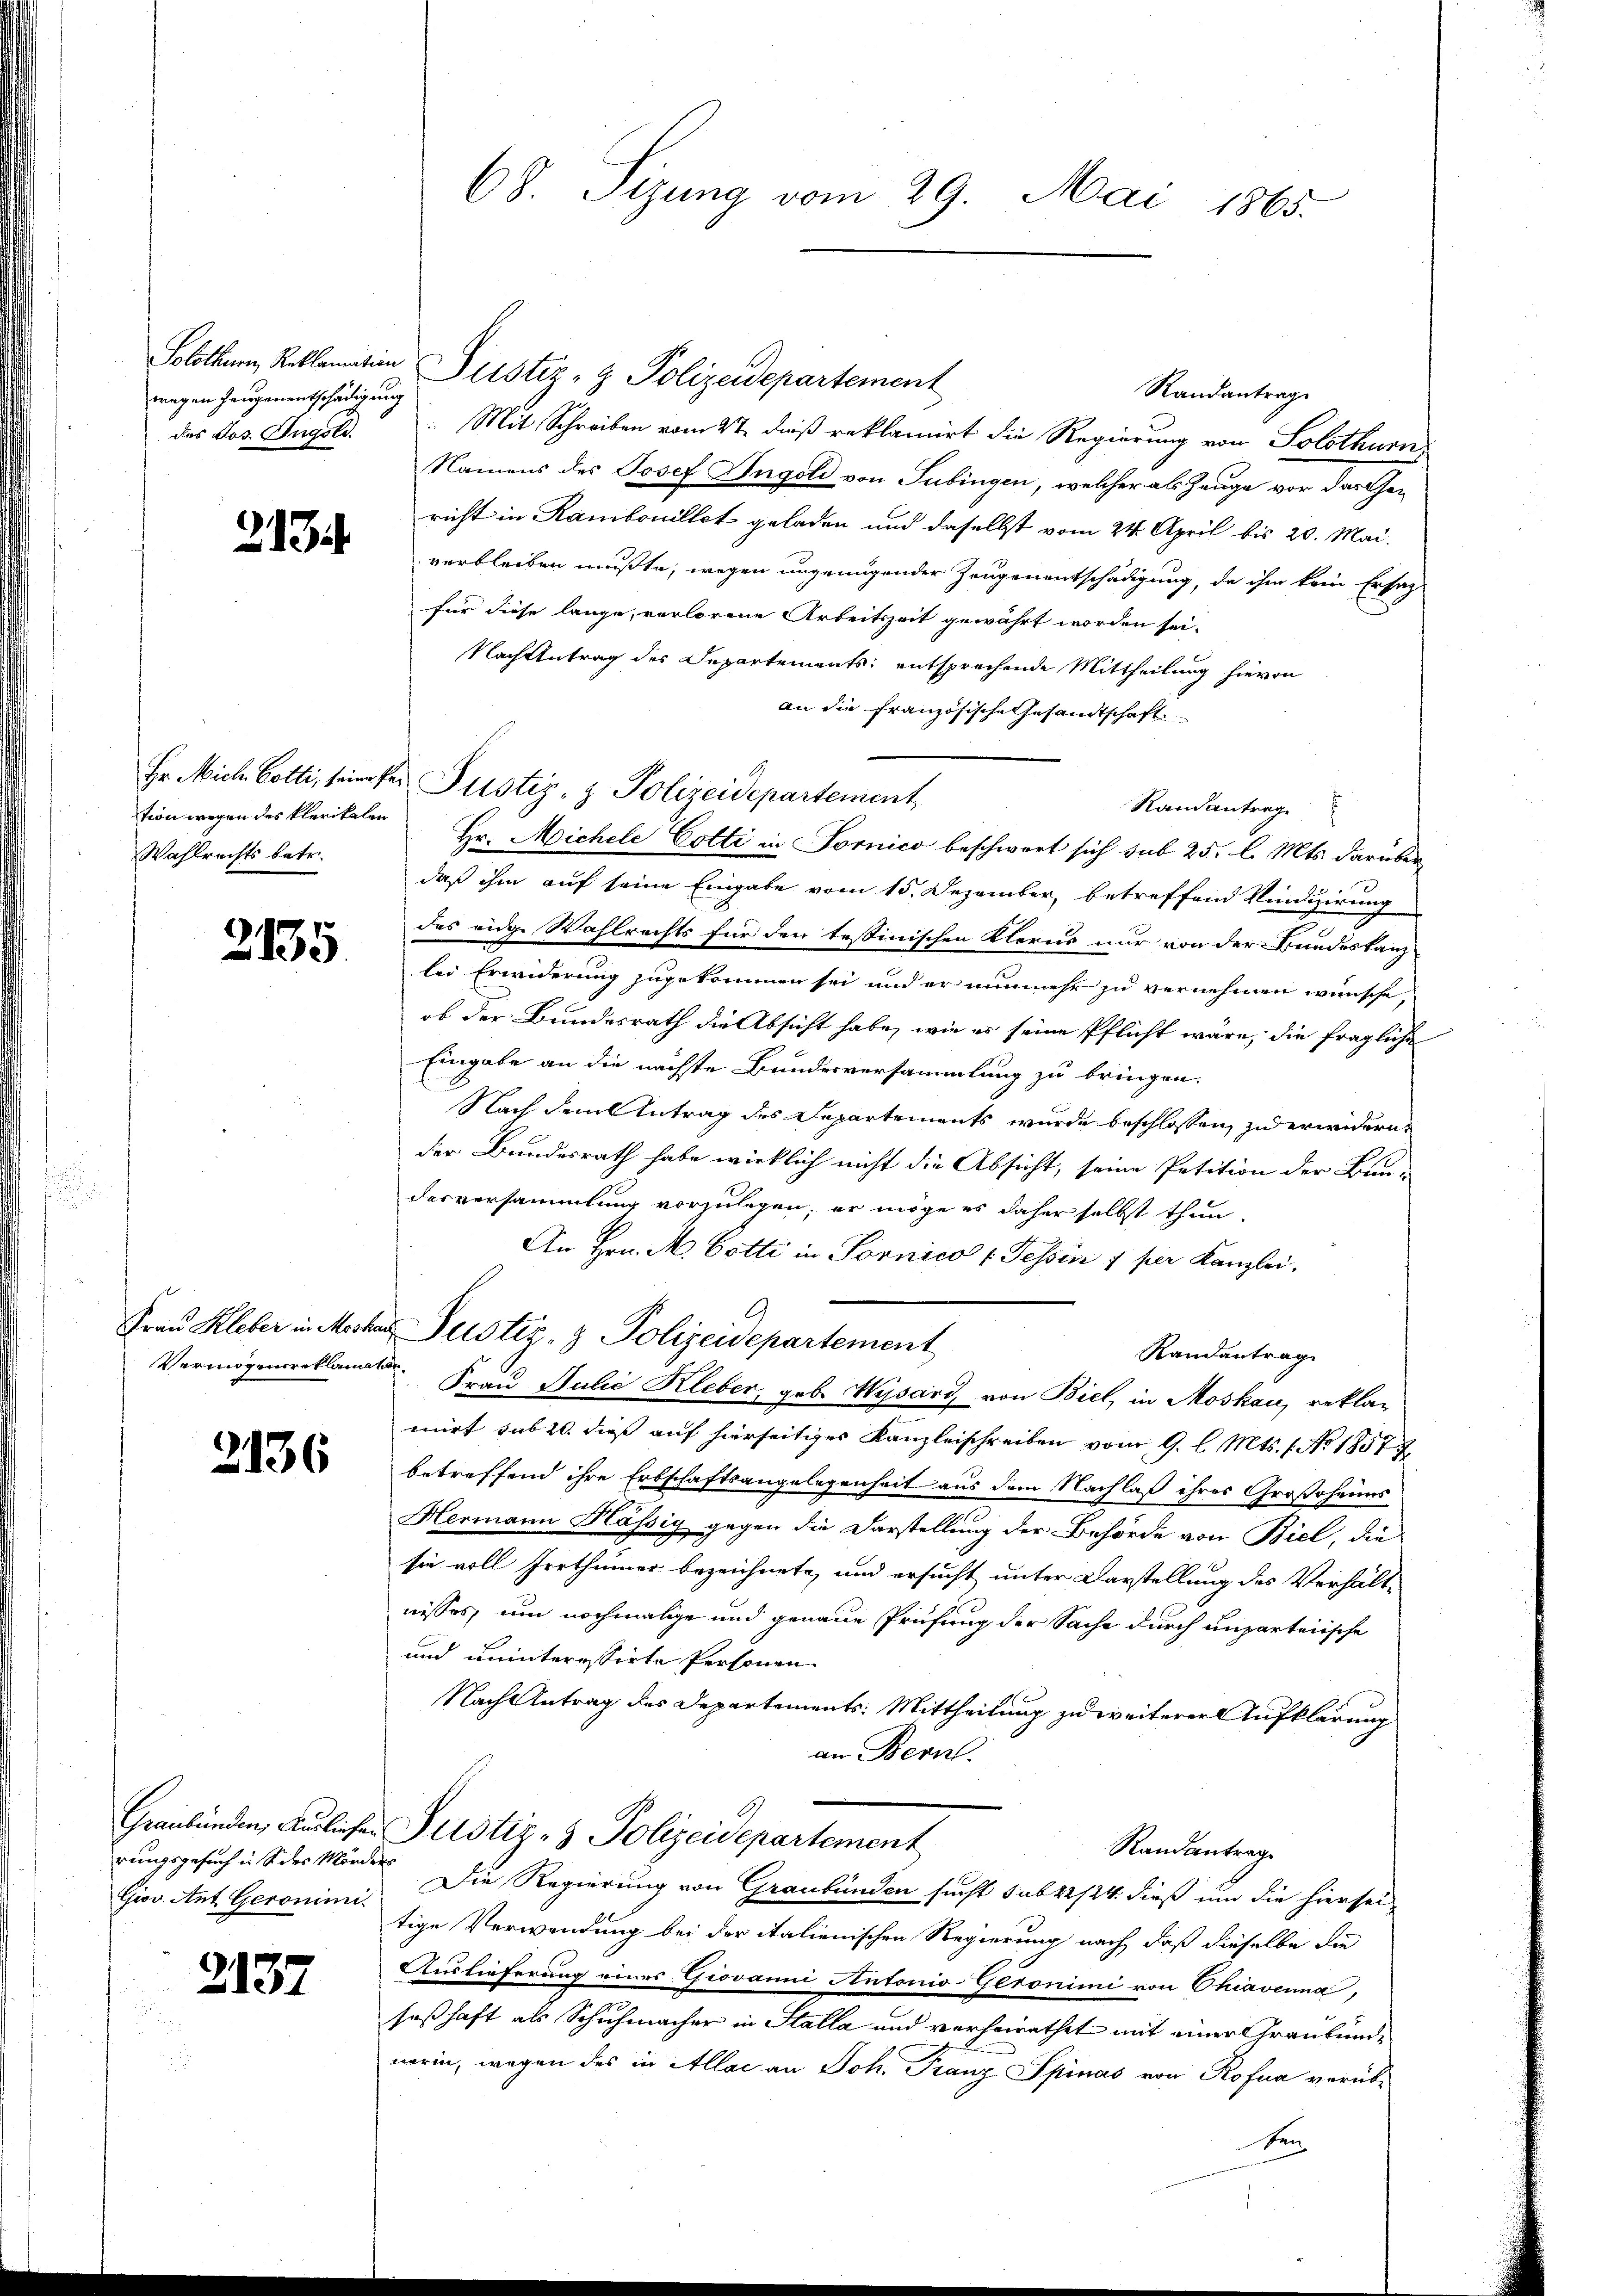
wagen Zeugenentschädigung
des Jos. Ingold.

2134

tion wegen des Klerikalen
Wahlrechts betr.

2135

2136

rungsgesuch in S. des Mörders

2137

Solothur, Reklamation Justiz- & Polizeidepartement
Randantrage
Mit Schreiben vom 27. dieß reklamirt die Regierung von Solothurn
Namens des Josef Ingold von Tübingen, welcher als Zeuge vor das Gericht in Rambonillet geladen und daselbst vom 24. April bis 20. Mai.
verbleiben mußte, wegen ungenügender Zeugenentschädigung, da ihm kein Ersatz
für diese lange, verlorene Arbeitszeit gewährt worden sei.
Nach Antrag des Departements entsprechende Mittheilung hievon
an die französische Gesandtschaft
Hr. Mich. Gotti, sein sei Pustiz- & Polizeidepartement
Randantrag
Hr. Michele Cotti in Fornico beschwert sich sub 25. l. Mts. darüberdaß ihm auf seine Eingabe vom 15. Dezember, betreffend Vindizierung
des eidge Wahlrechts für den testinischen Klerus nur von der Bundeskanzlei Erwiderung zugekommen sei und er nunmehr zu vernehmen wünsche,
 ob der Bundesrath die Absicht habe, wie es seine Pflicht wäre, die fragliche
Eingabe an die nächste Bundesversammlung zu bringen.
Nach dem Antrag des Departements wurde beschlossen, zu erwidern,
der Bundesrath habe wirklich nicht die Absicht, seine Petition der Bun-
desversammlung vorzulegen, er möge es daher selbst thun.
An Hrn. M. Cotti in Tornico - Tessin 1 per Kanzlei.
A
Frau Kleber in Moskar Justiz- & Polizeidepartement
Randantrag
Vermögensreklamat. Frau Julie Kleber, geb. Wysard, von Biel, in Moskau, rekla-
mirt sub 20. dieß auf hierseitiges Kanzleischreiben vom 9. l. Mts. 1. No. 1857
betreffend ihre Erbschaftsangelegenheit aus dem Nachlaß ihres Großoheims
Hermann Kässig gegen die Darstellung der Behörde von Biel, die
sie voll Irrthümer bezeichnete, und ersucht unter Darstellung des Verhält-
nisses, um nochmalige und genaue Prüfung der Sache durch unparteiische
und uninteressirte Personen.
Nach Antrag des Departements: Mittheilung zu weiterer Aufklärung
an Bern.
Graubünden, Ausliefer Justiz- & Polizeidepartement
Randantrag
Grov. Ant. Geroninn. Die Regierung von Graubünden sucht sub 22/24. dieß und die hiersei
tige Verwendung bei der italienischen Regierung nach, daß dieselbe die
Auslieferung eines Giovanni Antonia Geronimi von Chiavenna,
seßhaft als Schuhmacher in Stalla und verheirathet mit einer Graubündnerin, wegen des in Allae an Joh. Franz Spinas von Rofua verübten

68. Sizung vom 29. Mai 1865.